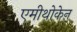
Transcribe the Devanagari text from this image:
एमीथोकेन